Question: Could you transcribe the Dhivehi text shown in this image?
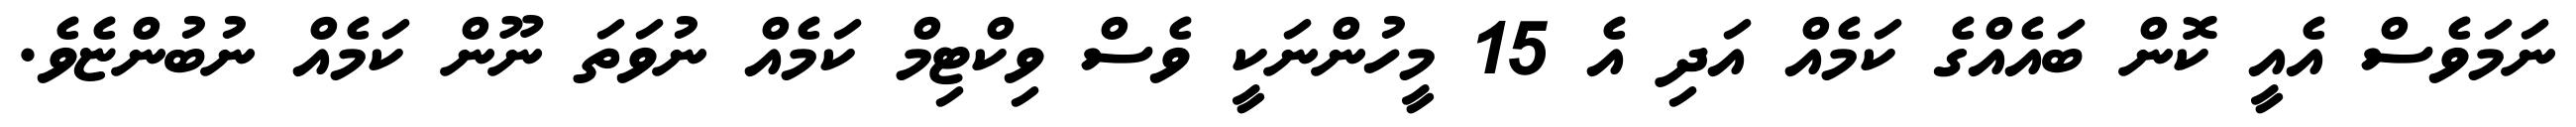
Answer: ނަމަވެސް އެއީ ކޮން ބައެއްގެ ކަމެއް އަދި އެ 15 މީހުންނަކީ ވެސް ވިކްޓިމް ކަމެއް ނުވަތަ ނޫން ކަމެއް ނުބުންޏެވެ.